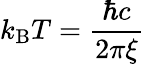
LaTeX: k_{\mathrm{B}}T=\frac{\hbar c}{2\pi\xi}